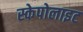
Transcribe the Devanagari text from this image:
स्केपोलाइट